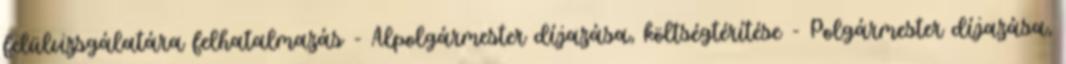
felülvizsgálatára felhatalmazás - Alpolgármester díjazása, költségtérítése - Polgármester díjazása,